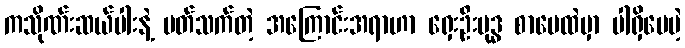
ကသိုဏ်းဆယ်ပါးနဲ့ ပတ်သက်တဲ့ အကြောင်းအရာဟာ ရှေးဦးဗုဒ္ဓ စာပေထဲမှာ ပါရှိပေမဲ့